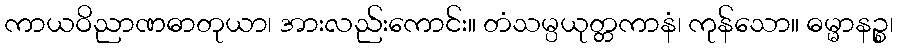
ကာယဝိညာဏဓာတုယာ၊ အားလည်းကောင်း။ တံသမ္ပယုတ္တကာနံ၊ ကုန်သော။ ဓမ္မာနဉ္စ၊